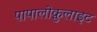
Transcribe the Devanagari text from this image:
पापालोक़ुलाइट